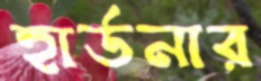
হার্ডনার